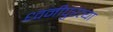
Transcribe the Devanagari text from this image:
ध्वनीपुरत्या